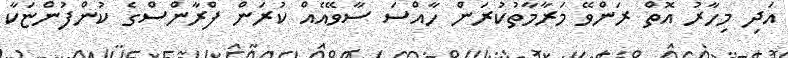
އަދި މިހާރު އޮތް ރަންވޭ މަރާމާތުކުރަން ހާއްސަ ސާވޭއެއް ކުރަން ފްރާންސްގެ ކުންފުންޏަކާ